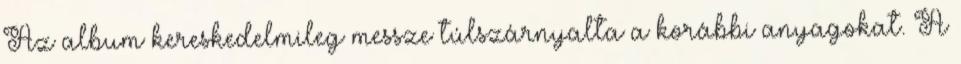
Az album kereskedelmileg messze túlszárnyalta a korábbi anyagokat. A